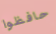
حافظوا